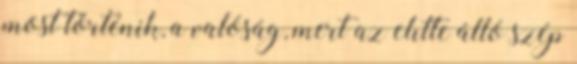
most történik, a valóság, mert az elıtte álló szép